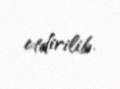
etdirilib.